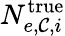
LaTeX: N_{e,\mathcal{C},i}^{\mathrm{{true}}}